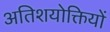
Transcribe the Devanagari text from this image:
अतिशयोक्तियों